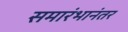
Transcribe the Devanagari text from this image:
समारंभानंतर